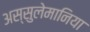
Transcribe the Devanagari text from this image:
अस्सुलेमानिया